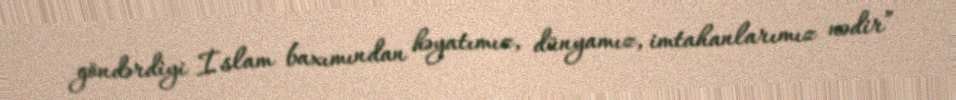
göndərdiyi İslam baxımından həyatımız, dünyamız, imtahanlarımız nədir”